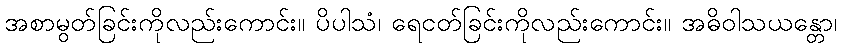
အစာမွတ်ခြင်းကိုလည်းကောင်း။ ပိပါသံ၊ ရေငတ်ခြင်းကိုလည်းကောင်း။ အဓိဝါသယန္တော၊